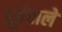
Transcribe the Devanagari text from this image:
पूर्ववाले